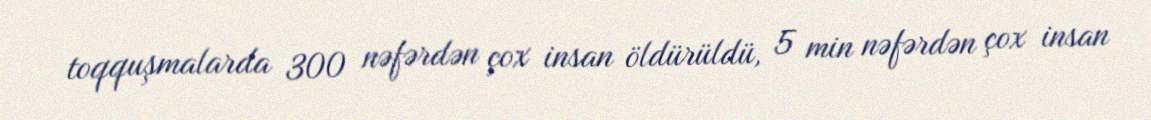
toqquşmalarda 300 nəfərdən çox insan öldürüldü, 5 min nəfərdən çox insan